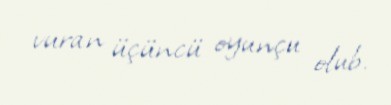
vuran üçüncü oyunçu olub.